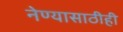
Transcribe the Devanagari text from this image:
नेण्यासाठीही